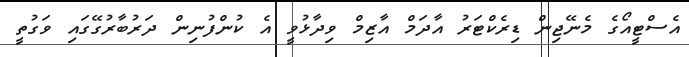
އެސްޓީއޯގެ މެނޭޖިން ޑިރެކްޓަރު އާދަމް އާޒިމް ވިދާޅުވީ އެ ކުންފުނިން ދަރުބާރުގޭގައި ވަގުތީ